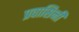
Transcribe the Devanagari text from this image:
प्रवासिनी